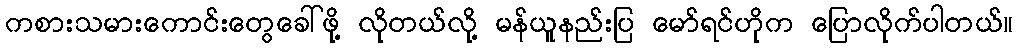
ကစားသမားကောင်းတွေခေါ်ဖို့ လိုတယ်လို့ မန်ယူနည်းပြ မော်ရင်ဟိုက ပြောလိုက်ပါတယ်။